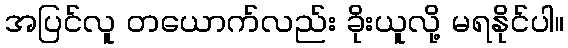
အပြင်လူ တယောက်လည်း ခိုးယူလို့ မရနိုင်ပါ။